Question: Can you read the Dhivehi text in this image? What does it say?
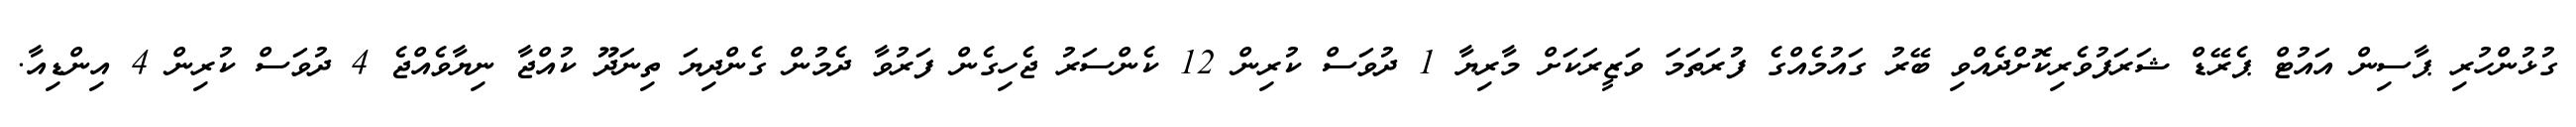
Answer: ގުޅުންހުރި ޕާސިން އައުޓް ޕެރޭޑް ޝަރަފުވެރިކޮށްދެއްވި ބޭރު ގައުމެއްގެ ފުރަތަމަ ވަޒީރަކަށް މާރިޔާ 1 ދުވަސް ކުރިން 12 ކެންސަރު ޖެހިގެން ފަރުވާ ދެމުން ގެންދިޔަ ތިނަދޫ ކުއްޖާ ނިޔާވެއްޖެ 4 ދުވަސް ކުރިން 4 އިންޑިއާ.